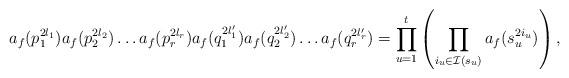
LaTeX: \begin{align*}a_f(p_1^{2l_1})a_f(p_2^{2l_2})\dots a_f(p_r^{2l_r})a_f(q_1^{2l_1'})a_f(q_2^{2l_2'})\dots a_f(q_r^{2l_r'}) = \prod_{u=1}^ t \left(\prod_{i_u \in \mathcal I(s_u)} a_f(s_u^{2i_u})\right),\end{align*}